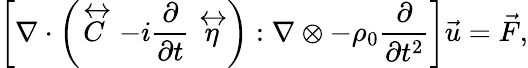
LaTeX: \left[\nabla\cdot\left(\stackrel{\leftrightarrow}{C}-i\frac{\partial}{\partial t}\stackrel{\leftrightarrow}{\eta}\right):\nabla\otimes-\rho_{0}\frac{\partial}{\partial t^{2}}\right]\vec{u}=\vec{F},